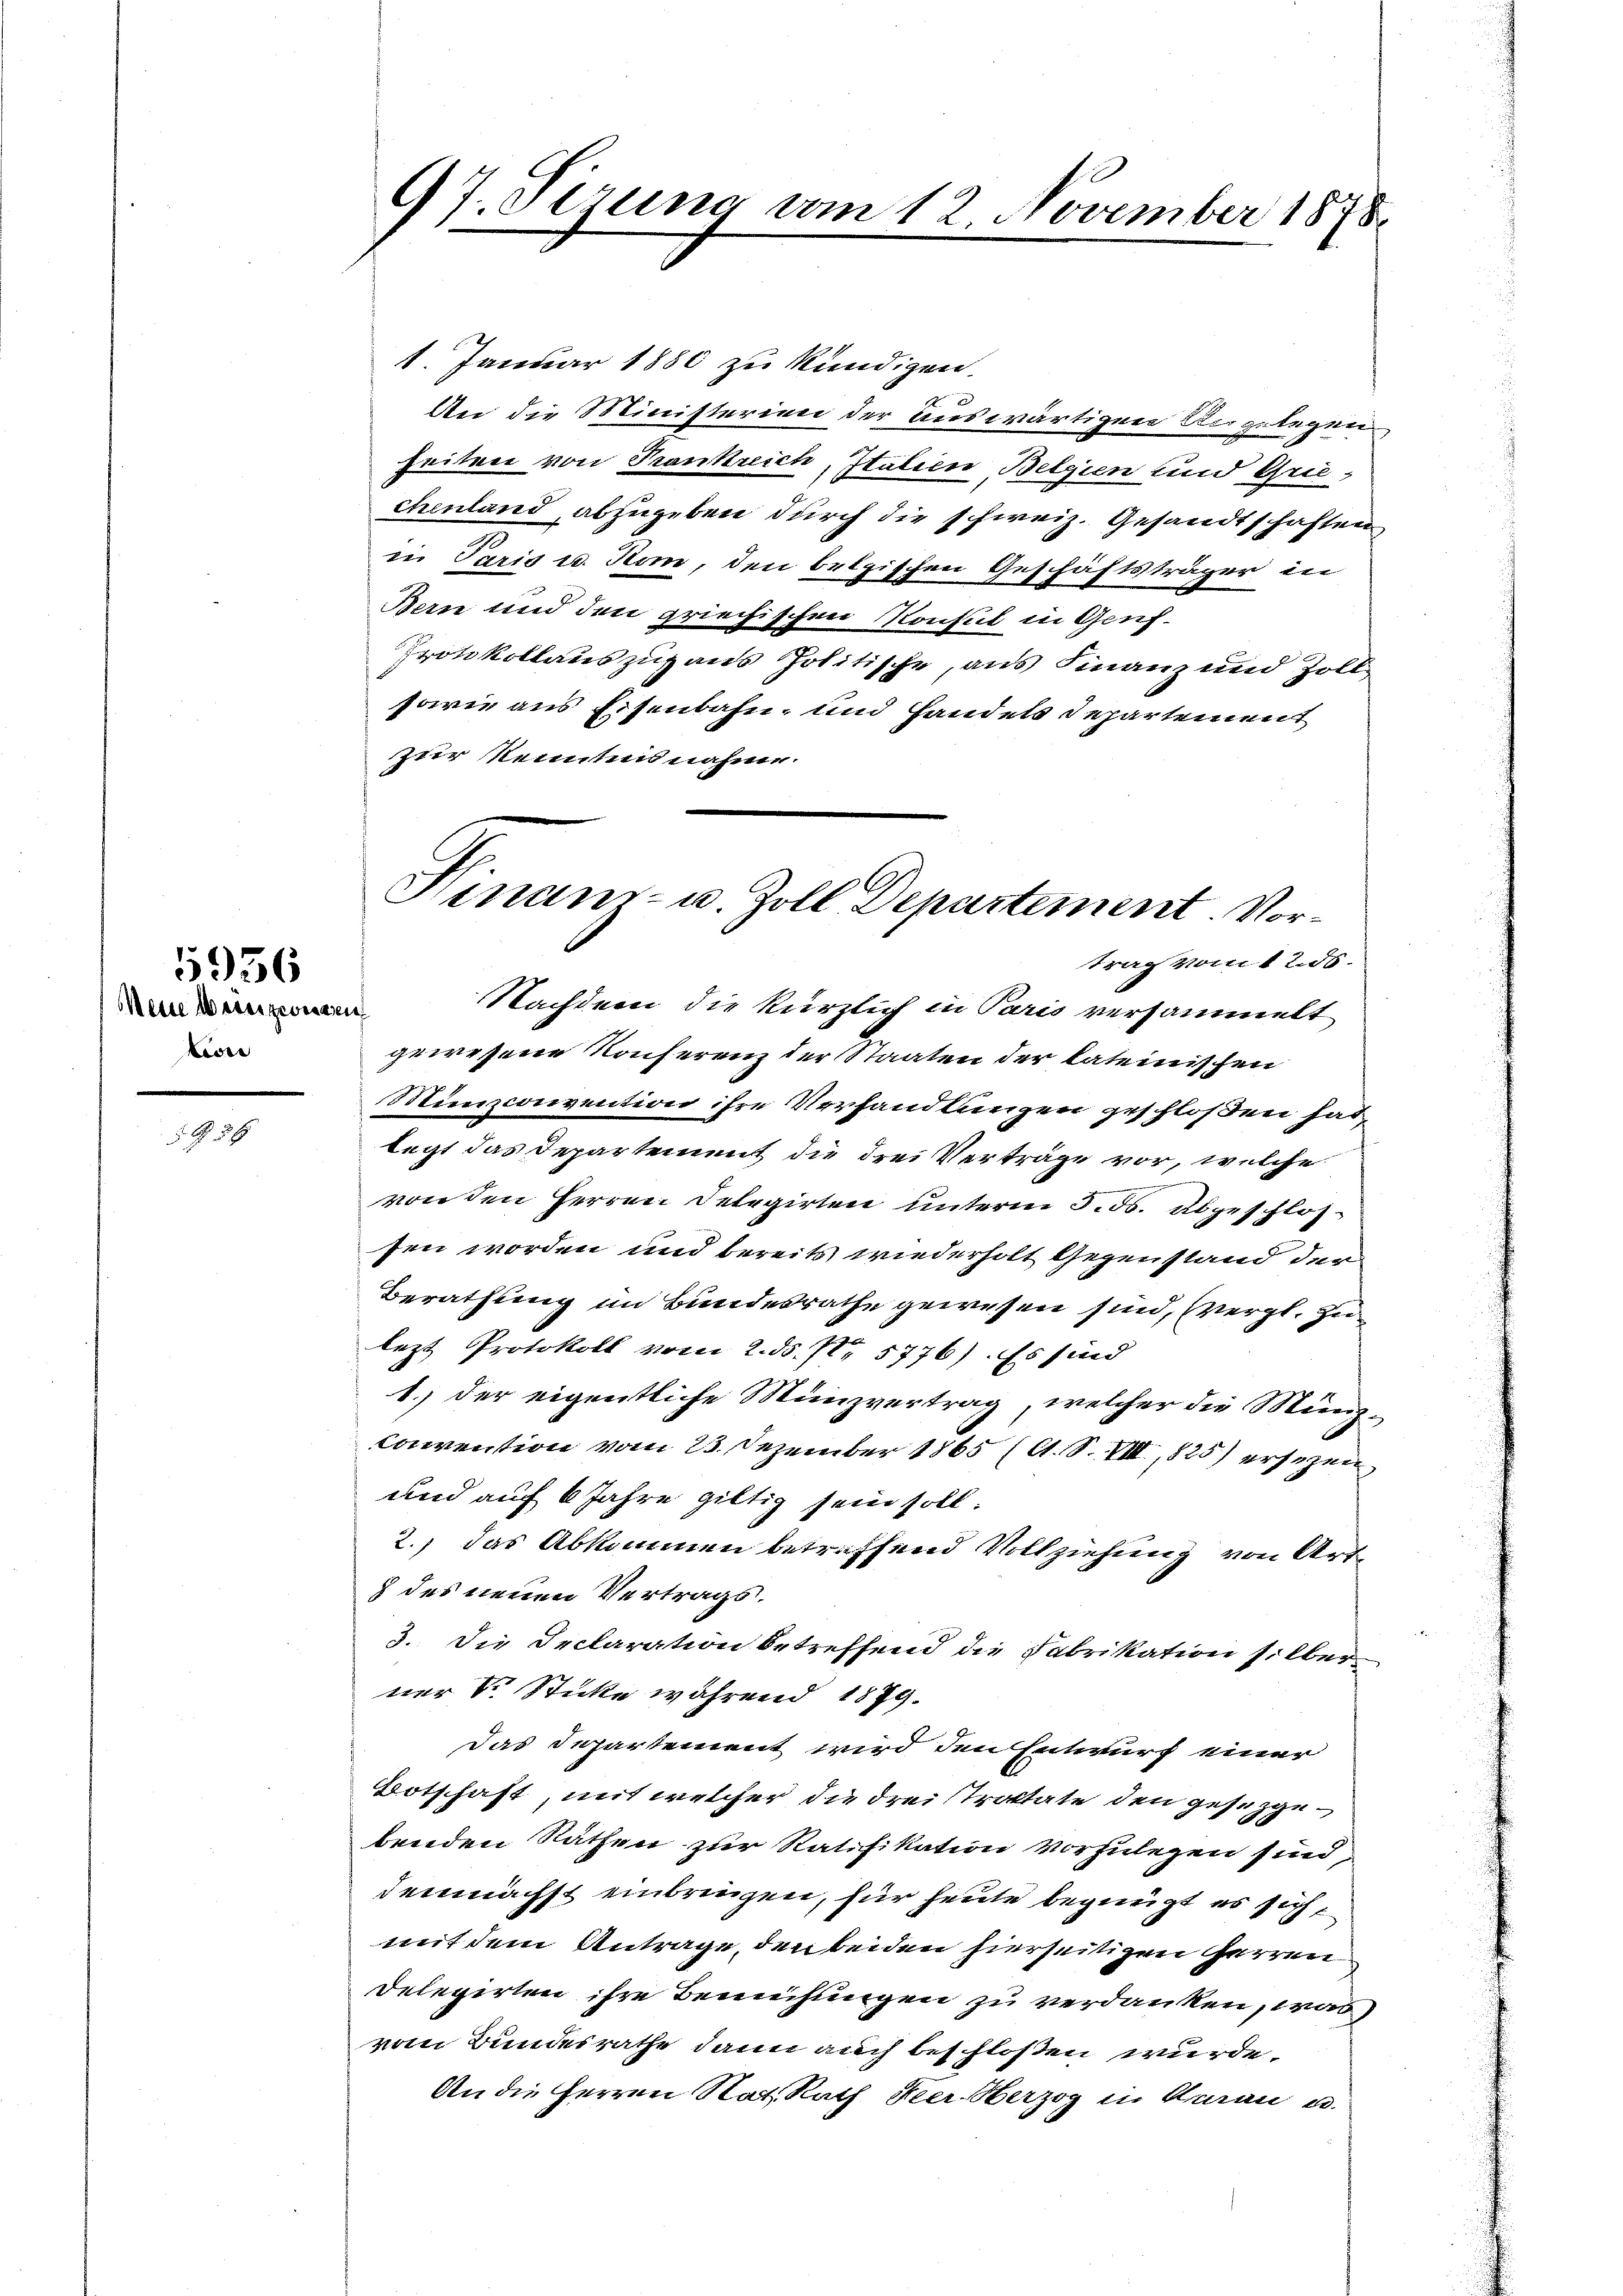
Meine Wesen gewesen
Lore

5936

Z 34

97. Serung vom 12. November 1878

1. Januar 1880 zu kündigen.
An die Ministerien der auswärtigen Angelegen
heiten von Frankreich, Italien Belgien und Griechenland, abzugeben durch die schweiz. Gesandtschaften,
in Paris u. Rom, den belgischen Geschäftsträger in
Bern und den griechischen Konsul in Genf¬
Protokollauszuzaus Politische, aus Finanz und Zoll
sowie aus Eisenbahn- und Handels Departement
zur Kenntnis nahme.

Hinaus- u. Zoll Departement. Vortrag vom 12. ds.
Nachdem die kürzlich in Paris versammelt

gewesene Konferenz der Staaten der kateinischen
Minconvention ihre Verhandlungen geschloßen hat,
legt das Departement die drei Verträge vor, welche
von den Herren Delegirten unterm 3. ds. abgeschlossen worden und bereits wiederholt Gegenstand der
Berathung im Bundesrathe gewesen sind, vergl. Zulezt Protokoll vom 2. ds. f. 5776). Es sind
1.) der eigentliche Münzvertrag, welcher die Münz-
convention vom 23. Dezember 1865 (A. S. VIII, 825) ersezen
und auf 6 Jahre giltig sein soll.
2.) das Abkommen betreffend Vollziehung von Art.
8 des neuen Vertrags.
3. Die Declaration betreffend die Fabrikation silber
ner Sr. Sticke während 1879.
Das Separtement wird den Entwurf einer
Botschaft, mit welcher die drei Straltate den gesezgebenden Räthen zur Ratifikation vorzulegen sind,
demnächst einbringen, für heute begnügt es sichmit dem Antrage, den beiden hierseitigen Herren
Delegirten ihre Bemühungen zu verdanken, was
vom Bundesrathe dann auch beschloßen wurde.
An die Herren Rat, Rath Heer Herzog in Aarau u.